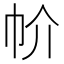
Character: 㠹